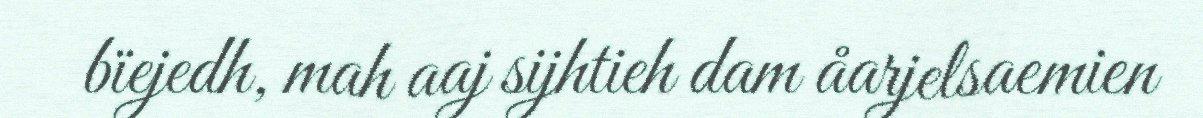
bïejedh, mah aaj sijhtieh dam åarjelsaemien